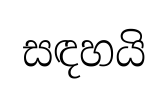
සඳහයි